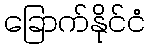
ခြောက်နိုင်ငံ